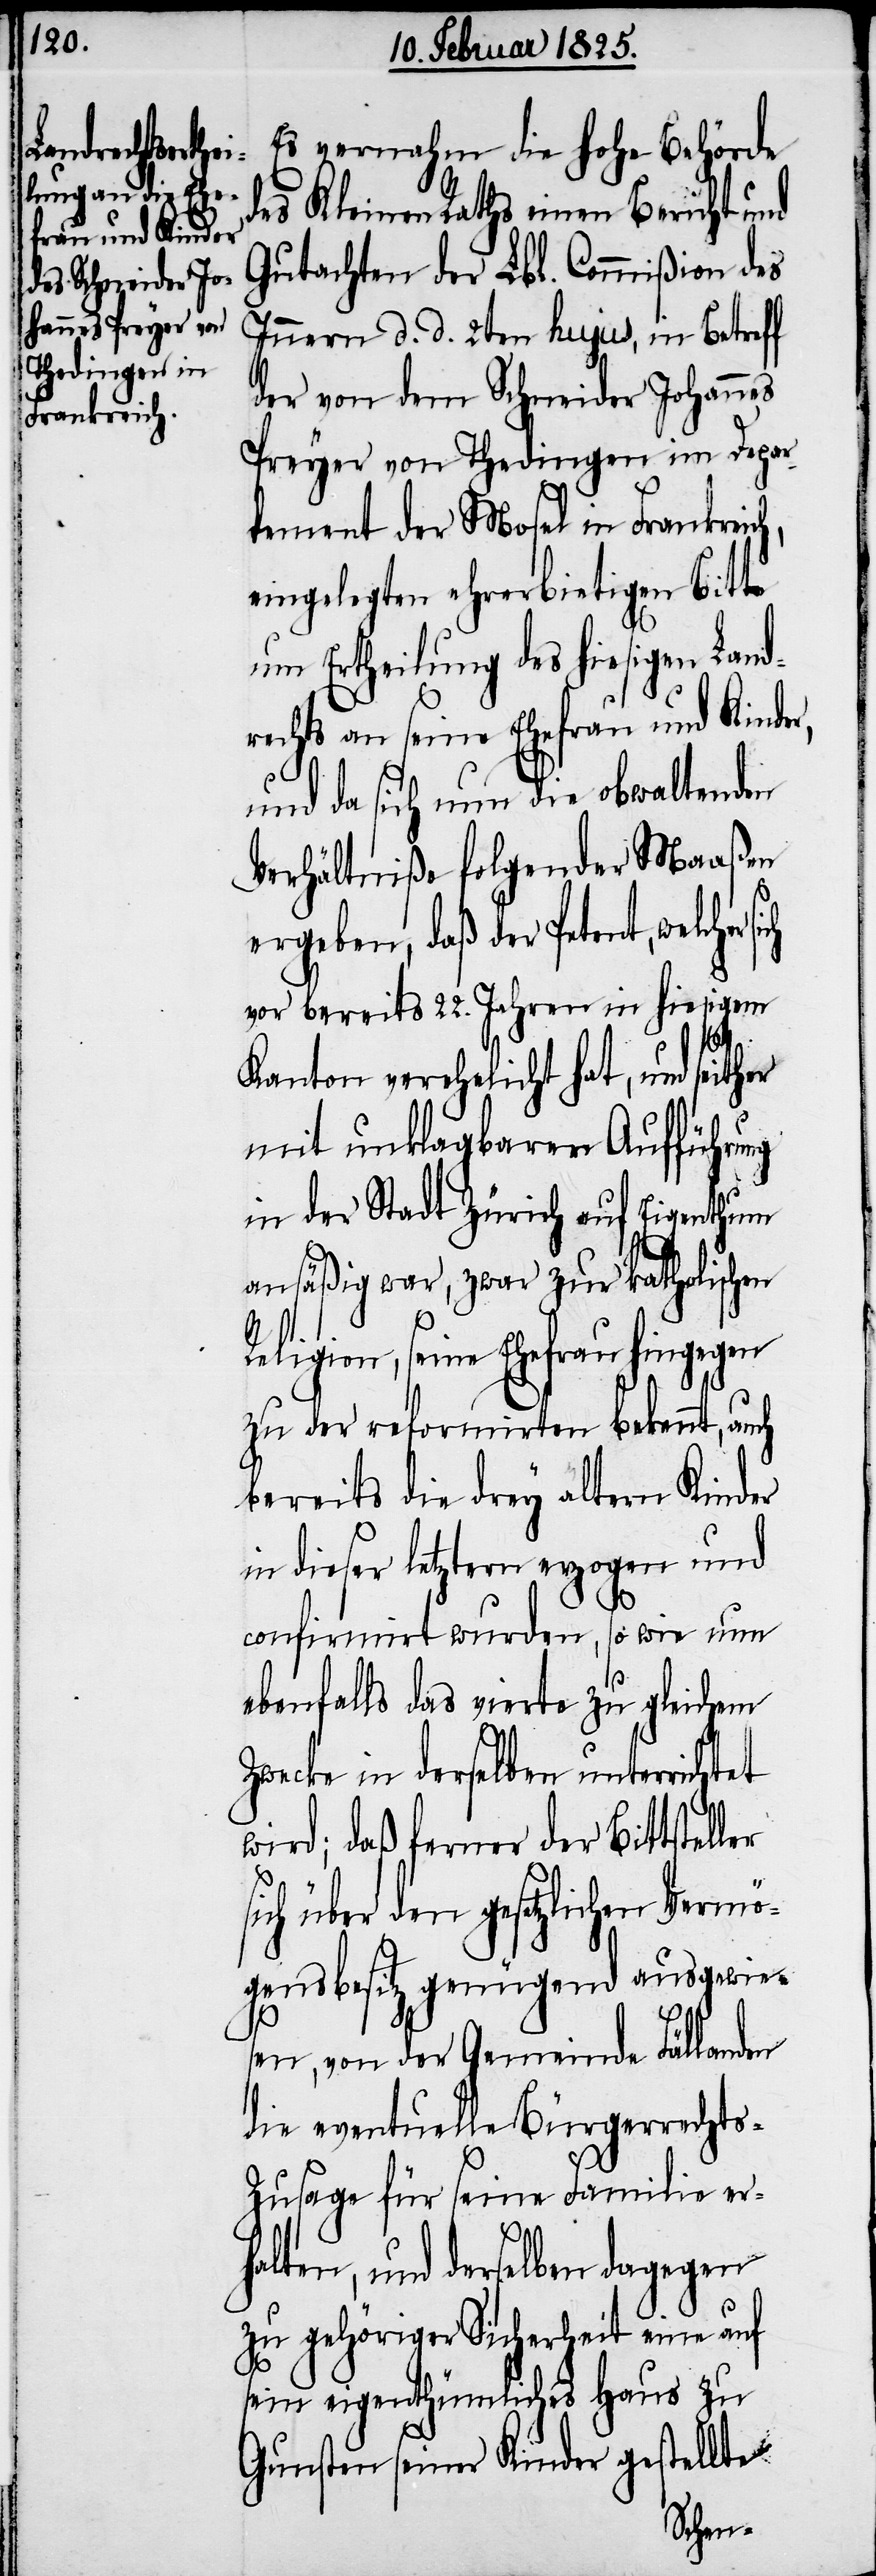
Es vernahm die hohe Behörde
des Kleinen Raths einen Bericht und
Gutachten der Lbl. Commißion des
Innern d. d. 2ten hujus, in Betreff
der von dem Schneider Johannes
Preyer von Thedingen im Depar¬
tement der Mosel in Frankreic¬
eingelegten ehrerbietigen Bitte
um Ertheilung des hiesigen Land¬
rechts an seine Ehefrau und Kinde¬
und da sich nun die obwaltenden
Verhältniße folgender Maaßen
i¬
ergeben, daß der Petent, welch¬
vor bereits 22. Jahren in hiesigem
Kanton verehelicht hat, und seither
mit unklagbarer Aufführung
in der Stadt Zürich auf Eigenthum
ansäßig war, zwar zur katholischen
Religion, seine Ehefrau hingegen
zu der reformirten bekennt, auch
bereits die drey ältern Kinder
in dieser letztern erzogen und
confirmirt wurden, so wie nun
ebenfalls das vierte zu gleichem
Zwecke in derselben unterrichtet
wird; daß ferner der Bittstell¬
ch über den gesetzlichen Vermö¬
gensbesitz genügend ausgewie¬
sen, von der Gemeinde Fällanden
die eventuelle Bürgerrechts-Z¬
usage für seine Familie er¬
halten, und derselben dagegen
zu gehöriger Sicherheit eine auf
sein eigenthümliches Haus zu
Gunsten seiner Kinder gestellte